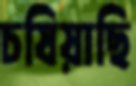
চষিয়াছি